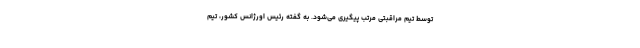
توسط تیم مراقبتی مرتب پیگیری می‌شود. به گفته رئیس اورژانس کشور، تیم